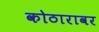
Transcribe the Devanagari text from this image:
कोठारावर